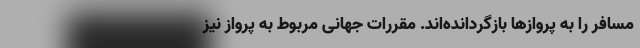
مسافر را به پروازها بازگردانده‌اند. مقررات جهانی مربوط به پرواز نیز